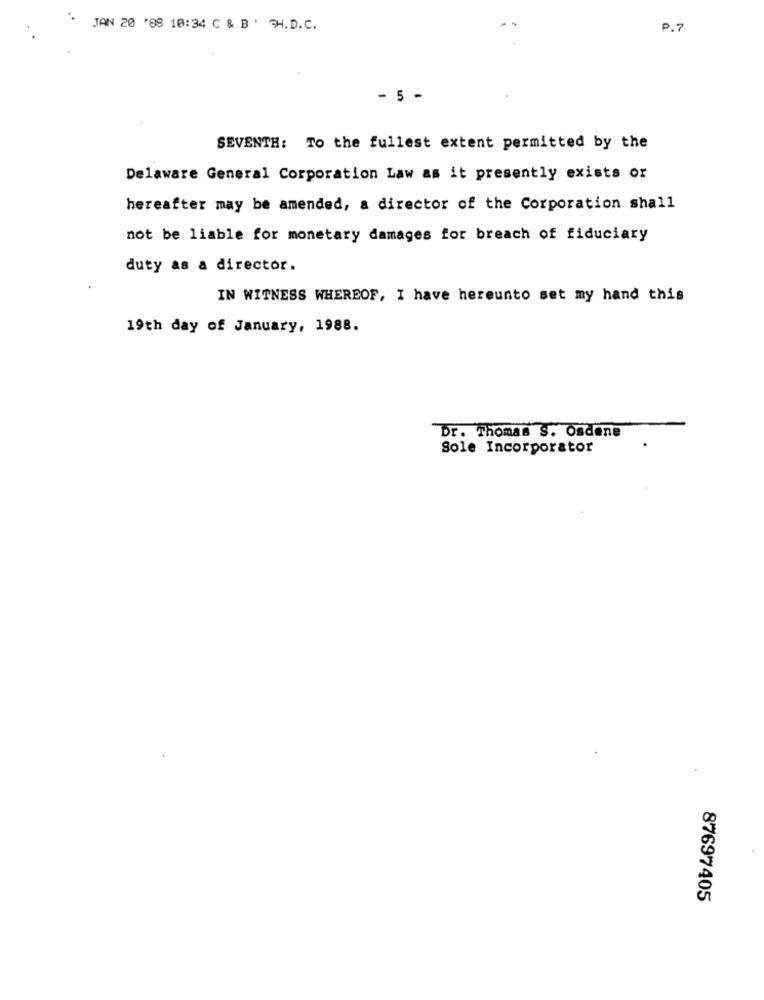
JAN 20 188 10:34 C & B . H.D.C.
P.7
- 5 -
SEVENTH: To the fullest extent permitted by the
Delaware General Corporation Law as it presently exists or
hereafter may be amended, a director of the Corporation shall
not be liable for monetary damages for breach of fiduciary
duty as a director.
IN WITNESS WHEREOF, I have hereunto set my hand this
19th day of January, 1988.
Dr. Thomas S. Osdene
Sole Incorporator
87697405